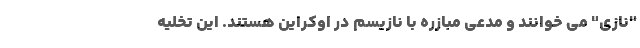
"نازی" می خوانند و مدعی مبازره با نازیسم در اوکراین هستند. این تخلیه